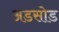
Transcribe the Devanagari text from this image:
अडसोड